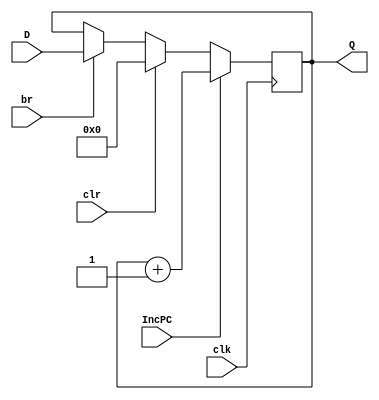
`timescale 1ns/10ps
module PCReg(
	output reg [31:0] Q,
	input [31:0] D, 
	input br, clr, clk, IncPC
);
	initial Q = 0;
	always @(posedge clk)
	begin
		if(IncPC)
			Q = Q + 1;
		else if(clr)
			Q = 0;
		else if(br)
			Q = D;
	end
endmodule